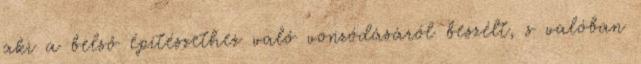
aki a belső építészethez való vonzódásáról beszélt, s valóban